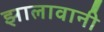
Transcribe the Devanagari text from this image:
झालावानी